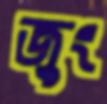
জুং